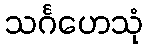
သင်္ဂဟေသုံ